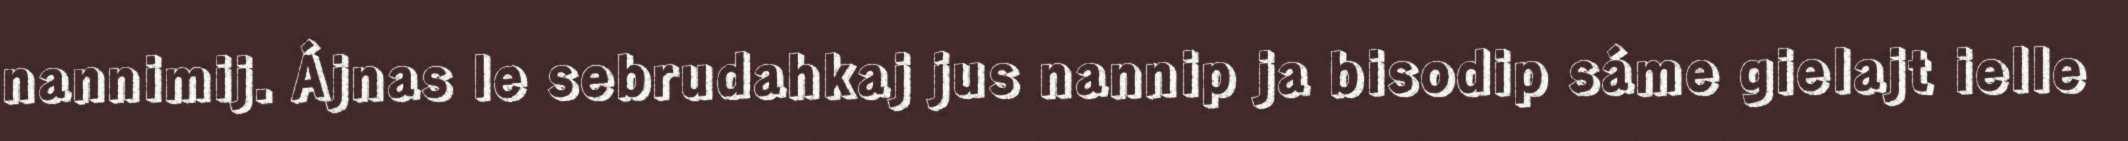
nannimij. Ájnas le sebrudahkaj jus nannip ja bisodip sáme gielajt ielle